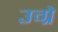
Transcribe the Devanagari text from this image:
उग्रे